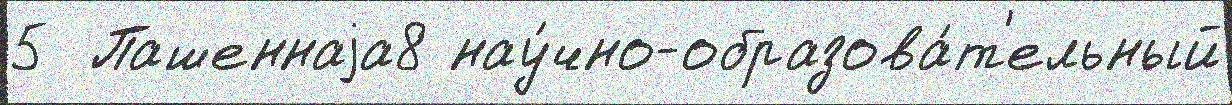
5  Пашеннаjа8 нау́чно-образова́т'ельный